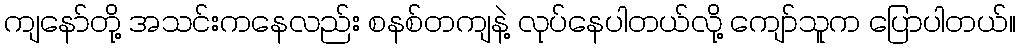
ကျနော်တို့ အသင်းကနေလည်း စနစ်တကျနဲ့ လုပ်နေပါတယ်လို့ ကျော်သူက ပြောပါတယ်။